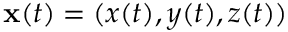
\mathbf { x } ( t ) = ( x ( t ) , y ( t ) , z ( t ) )